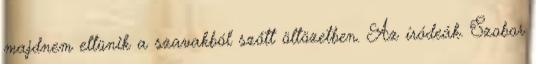
majdnem eltünik a szavakból szőtt öltözetben. Az íródeák. Szobor